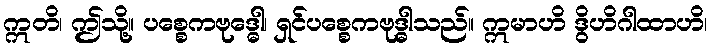
ဣတိ၊ ဤသို့။ ပစ္စေကဗုဒ္ဓေါ၊ ရှင်ပစ္စေကဗုဒ္ဓါသည်။ ဣမာဟိ ဒွိဟိဂါထာဟိ၊